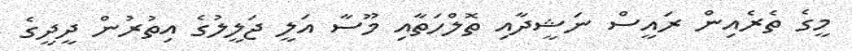
މީގެ ތެރެއިން ރައީސް ނަޝީދާއި ތޮލްހަތާއި މޫސާ އަލީ ޖަލީލުގެ އިތުރުން ދީދީގެ